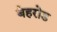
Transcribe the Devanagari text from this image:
बेहरोड